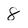
Character: 8